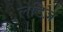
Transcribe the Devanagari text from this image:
लेडिज़